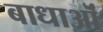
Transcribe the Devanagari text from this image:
बाधाऒं